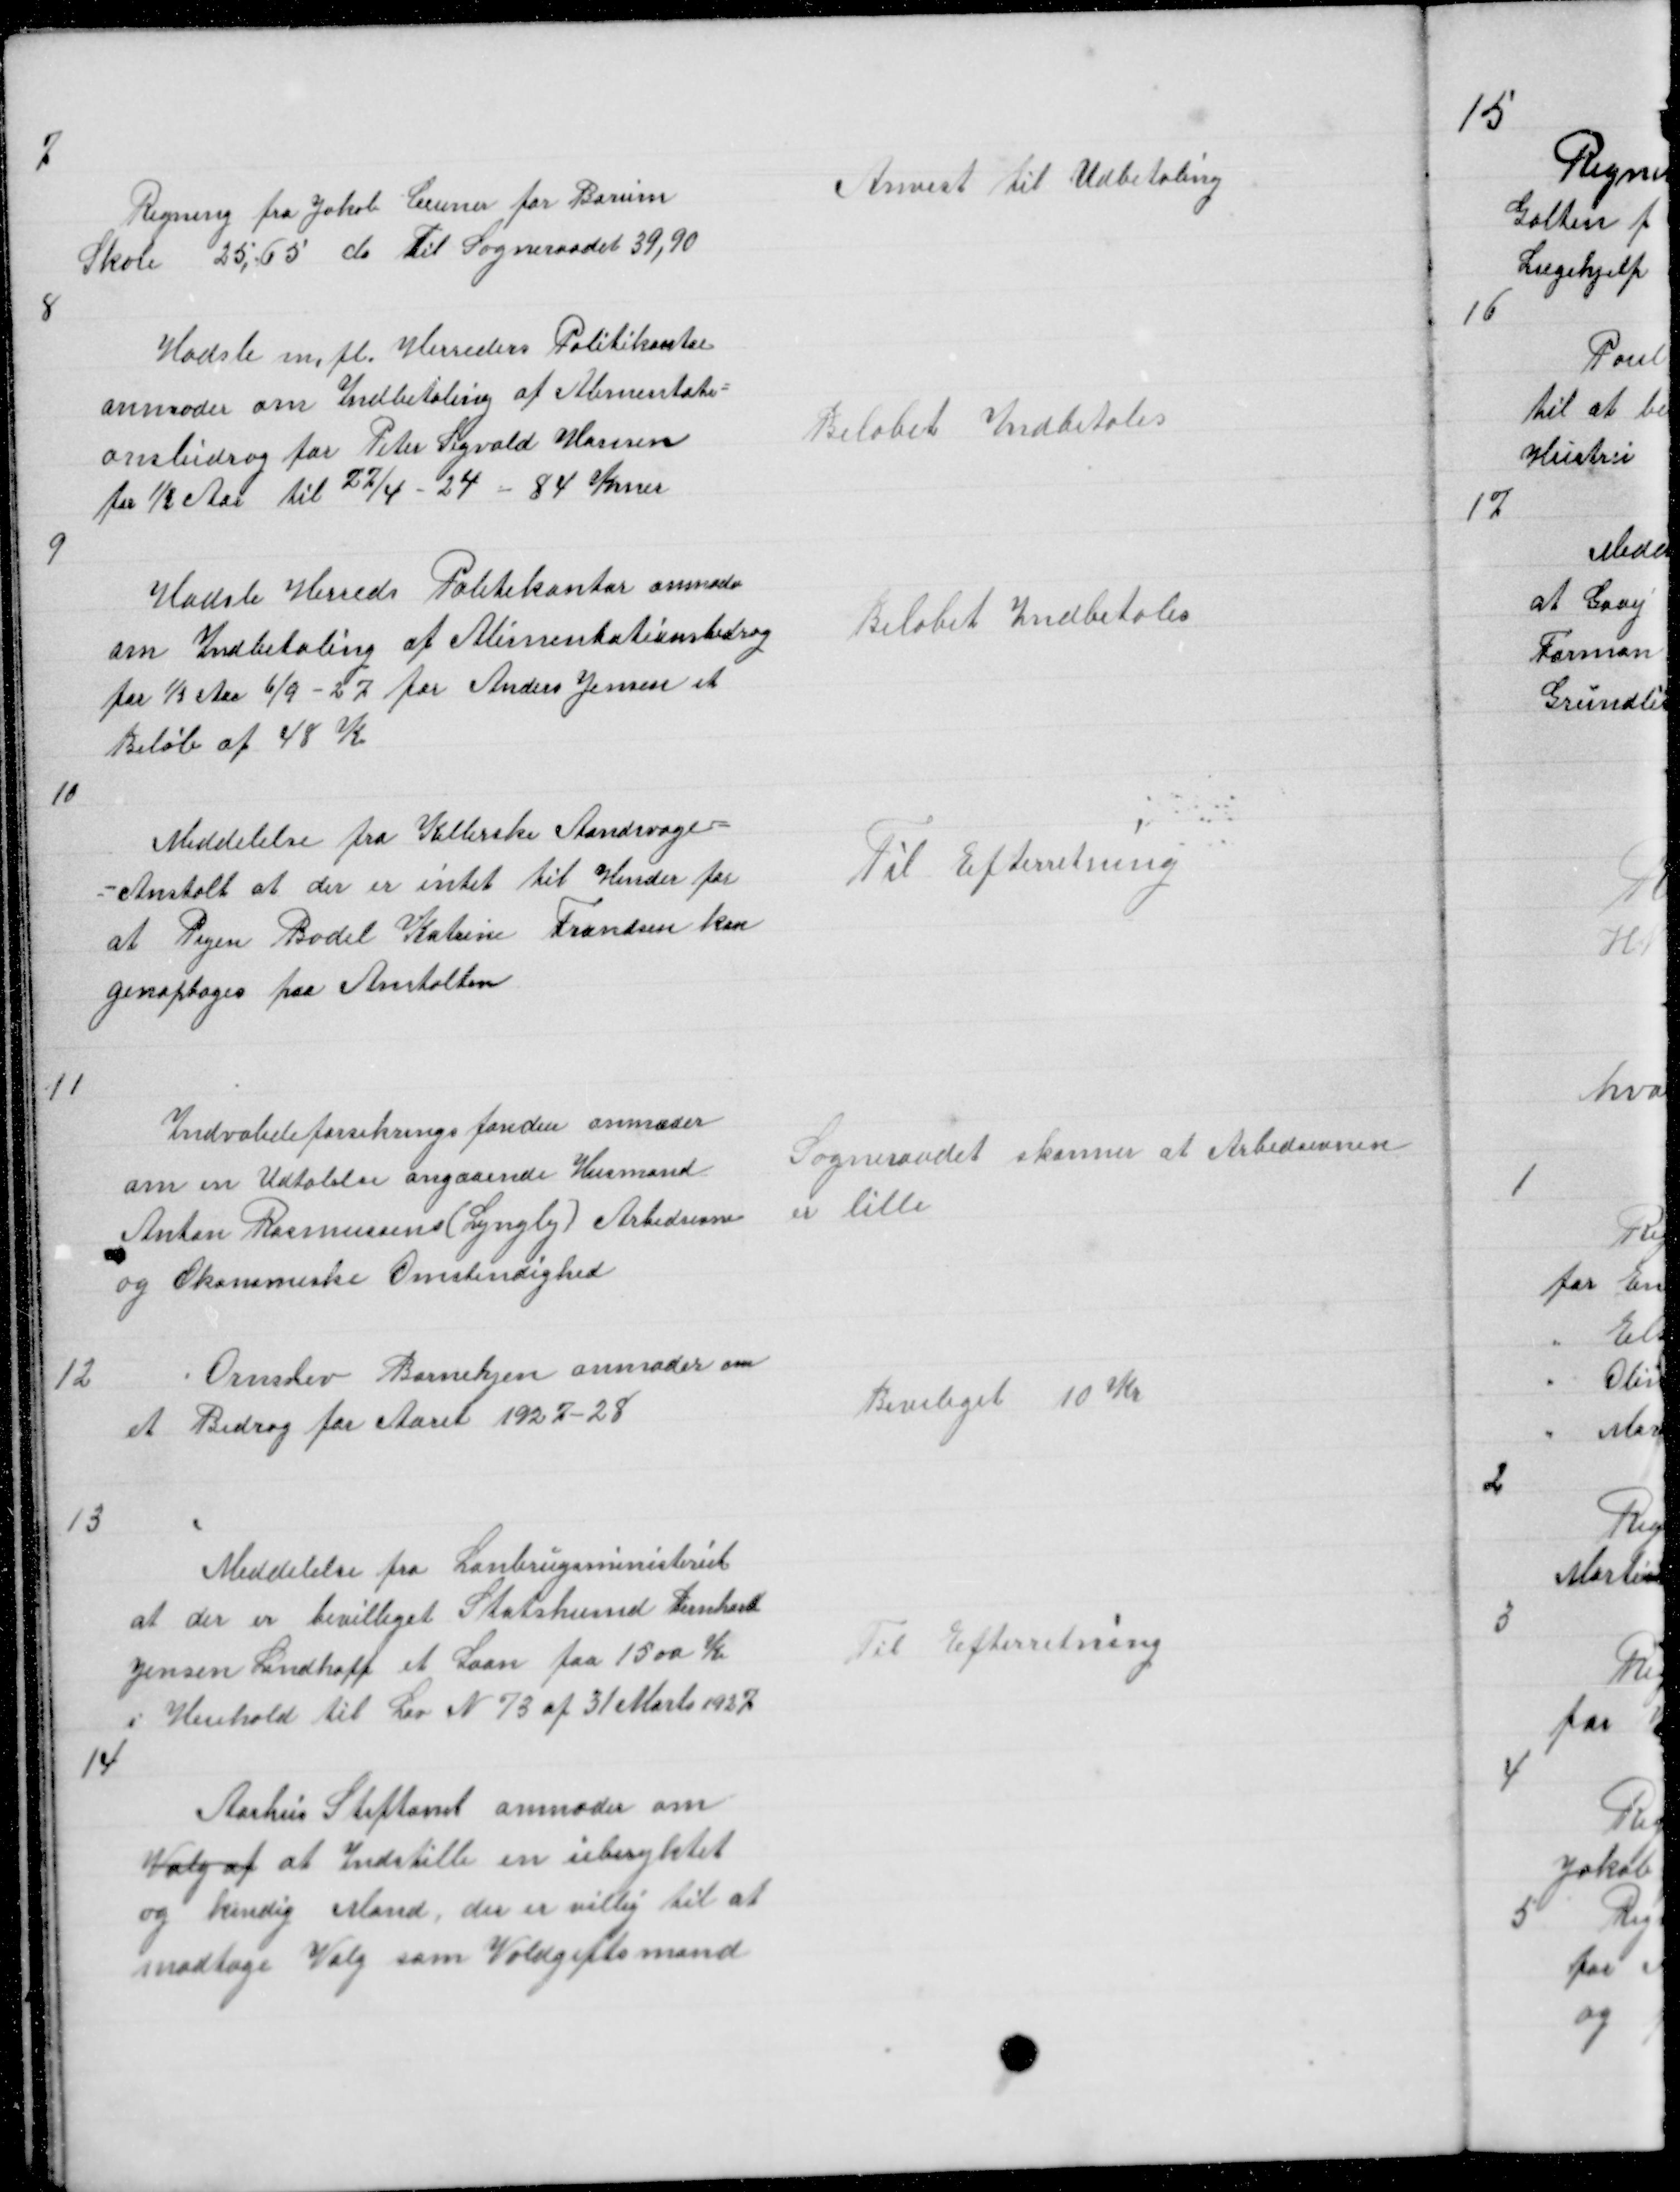
Transskription:
7

Regning fra Jakob Ceuner for Borum
Skole 25,65 do til Sogneraadet 39,90

Anvist til Udbetaling

8

Hadsle m fl. Herreders Politikontor
anmoder om Indbetaling af Alimentati =
onsbidrag for Peter Sigvald Hansen
for ½ Aar til 27/4 - 24 - 84 Krner

Beløbet indbetales

9

Hadsle Herreds Politikontor anmoder
om Indbetaling af Alimentationsbidrag
for ½ Aar 6/9 - 27 for Anders Jensen et
Beløb af 48 Kr

Beløbet Indbetales

10

Meddelelse fra Kellerske Aandsvage =
= Anstalt at der er intet til Hinder for
at Pigen Bodil Katrine Frandsen kan
genoptages paa Anstalten

Til Efterretning

11

Indvalideforsikringsfonden anmoder
om en Udtalelse angaaende Husmand
Anton Rasmussens ( Lyngby ) Arbedsevne
og Økonomiske Omstendighed

Sogneraadet skønner at Arbedsevnen
er lille

12

Ormslev Børnehjem anmoder om
et Bidrag for Aaret 1927 - 28

Beviliget 10 Kr

13

Meddelelse fra Lanbrugsministeriet
at der er bevilliget Statshusmd Bernhard
Jensen Lindhoff et Laan paa 1500 Kr
i Henhold til Lov N 73 af 31 Marts 1927

Til Efterretning

14

Aarhus Stiftamt anmoder om
Valg af at Indstille en uberyktet
og kundig Mand der er villig til at
modtage Valg som Voldgiftsmand